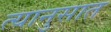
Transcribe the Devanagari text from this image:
त्यानुसात